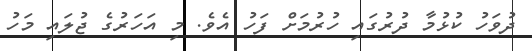
ދުވަހު ކުޅުމާ ދުރުގައި ހުރުމަށް ފަހު އެވެ. މި އަހަރުގެ ޖުލައި މަހު